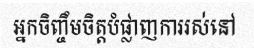
អ្នកចិញ្ចឹមចិត្តបំផ្លាញការរស់នៅ